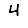
Digit: 4